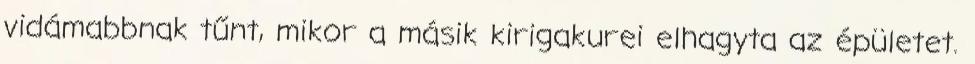
vidámabbnak tűnt, mikor a másik kirigakurei elhagyta az épületet.